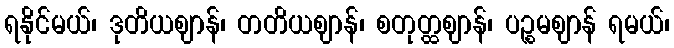
ရနိုင်မယ်၊ ဒုတိယဈာန်၊ တတိယဈာန်၊ စတုတ္ထဈာန်၊ ပဉ္စမဈာန် ရမယ်၊